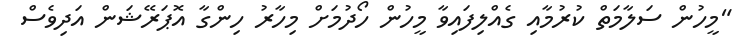
"މީހުން ސަލާމަތް ކުރުމާއި ގެއްލިފައިވާ މީހުން ހޯދުމަށް މިހާރު ހިންގާ އޮޕަރޭޝަން އަދިވެސް